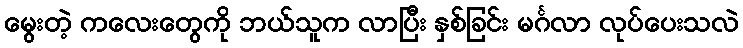
မွေးတဲ့ ကလေးတွေကို ဘယ်သူက လာပြီး နှစ်ခြင်း မင်္ဂလာ လုပ်ပေးသလဲ